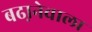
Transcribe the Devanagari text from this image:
बढा़नेवाला